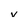
Character: V